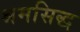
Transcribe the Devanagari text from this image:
श्रमसिद्ध